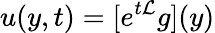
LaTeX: u(y,t)=[e^{t{\cal L}}g](y)